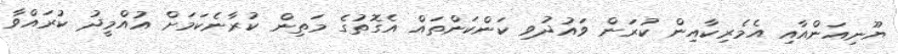
ޔޫނިއަންއާއި އެމެރިކާއިން ކުރަން ވައުދުވި ކަންކަންތައް އެގޮތުގެ މަތިން ކުރާނެކަމަށް އުއްމީދު ކުރައްވާ